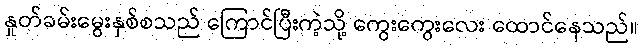
နှုတ်ခမ်းမွေးနှစ်စသည် ကြောင်ပြီးကဲ့သို့ ကွေးကွေးလေး ထောင်နေသည်။